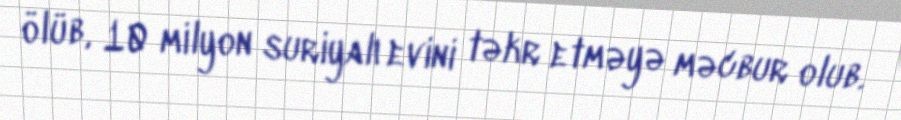
ölüb, 10 milyon suriyalı evini təkr etməyə məcbur olub.